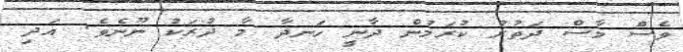
ވެސް މާސް ދަތުރު ކުރަމުން ދާނީ ހަނދާ މާ ދުރަކު ނޫނެވެ. އަދި